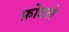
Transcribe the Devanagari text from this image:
फ़ोडले